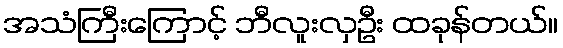
အသံကြီးကြောင့် ဘီလူးလှဦး ထခုန်တယ်။